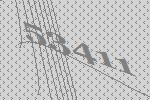
53411